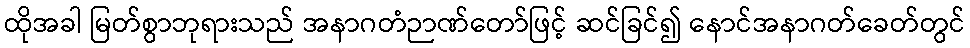
ထိုအခါ မြတ်စွာဘုရားသည် အနာဂတံဉာဏ်တော်ဖြင့် ဆင်ခြင်၍ နောင်အနာဂတ်ခေတ်တွင်